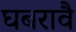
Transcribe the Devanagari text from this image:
घबरावै